Annual report of lunatic asylums [Bombay] - 1912-1922
Year: 1912
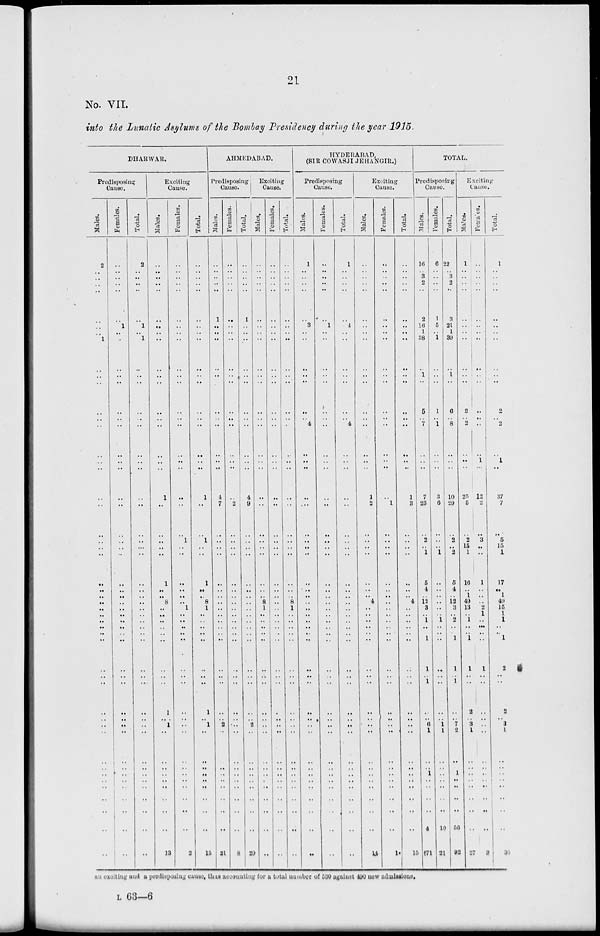
21
No. VII.
into the Lunatic Asylums of the Bomlay Presidency during the year 1915.
DHARWAR.
Predisposing
Cause.
Males.
2
..
..
..
..
..
..
..
1
..
..
..
..
..
..
..
..
..
..
..
..
..
..
..
..
..
..
..
..
..
..
..
..
..
..
..
..
..
..
..
..
..
..
..
..
..
..
..
..
..
Females.
..
..
..
..
..
..
1
..
..
..
..
..
..
..
..
..
..
..
..
..
..
..
..
..
..
..
..
..
..
..
..
..
..
..
..
..
..
..
..
..
..
..
..
..
..
..
..
..
..
..
Total.
2
..
..
..
..
..
1
..
1
..
..
..
..
..
..
..
..
..
..
..
..
..
..
..
..
..
..
..
..
..
..
..
..
..
..
..
..
..
..
..
..
..
..
..
..
..
..
..
..
Exciting
Cause.
Males.
..
..
..
..
..
..
..
..
..
..
..
..
..
..
..
..
..
..
1
..
..
..
..
..
1
..
..
8
..
..
..
..
..
..
..
..
..
1
..
1
..
..
..
..
..
..
..
..
..
13
Females.
..
..
..
..
..
..
..
..
..
..
..
..
..
..
..
..
..
..
..
..
..
1
..
..
..
..
..
..
1
..
..
..
..
..
..
..
..
..
..
..
..
..
..
..
..
..
..
..
..
2
Total.
..
..
..
..
..
..
..
..
..
..
..
..
..
..
..
..
..
..
1
..
..
1
..
..
1
..
..
8
1
..
..
..
..
..
..
..
..
1
..
1
..
..
..
..
..
..
..
..
..
15
AHMEDABAD.
Predisposing.
Cause.
Males.
..
..
..
..
..
1
..
..
..
..
..
..
..
..
..
..
..
..
4
7
..
..
..
..
..
..
..
..
..
..
..
..
..
..
..
..
..
..
..
2
..
..
..
..
..
..
..
..
..
21
Females.
..
..
..
..
..
..
..
..
..
..
..
..
..
..
..
..
..
..
..
2
..
..
..
..
..
..
..
..
..
..
..
..
..
..
..
..
..
..
..
..
..
..
.. ..
..
..
..
..
..
8
Total.
..
..
..
..
..
1
..
..
..
..
..
..
..
..
..
..
..
..
4
9
..
..
..
..
..
..
..
..
..
..
..
..
..
..
..
..
..
..
..
2
..
..
..
..
..
..
..
..
..
29
Exciting
Cause.
Males.
..
..
..
..
..
..
..
..
..
..
..
..
..
..
..
..
..
..
..
..
..
..
..
..
..
..
..
8
1
..
..
..
..
..
..
..
..
..
..
..
..
..
..
..
..
..
..
..
..
..
Females.
..
..
..
..
..
..
..
..
..
..
..
..
..
..
..
..
..
..
..
..
..
..
..
..
..
..
..
..
..
..
..
..
..
..
..
..
..
..
..
..
..
..
..
..
..
..
..
..
..
..
Total.
..
..
..
..
..
..
..
..
..
..
..
..
..
..
..
..
..
..
..
..
..
..
..
..
..
..
..
8
1
..
..
..
..
..
..
..
..
..
..
..
..
..
..
..
..
..
..
..
..
..
HYDERABAD,
(SIR COWASJI JEHANGIR.)
Predisposing
Cause.
Males.
1
..
..
..
..
..
3
..
..
..
..
..
..
..
4
..
..
..
..
..
..
..
..
..
..
..
..
..
..
..
..
..
..
..
..
..
..
..
..
..
..
..
..
..
..
..
..
..
..
..
Females.
..
..
..
..
..
..
1
..
..
..
..
..
..
..
..
..
..
..
..
..
..
..
..
..
..
..
..
..
..
..
..
..
..
..
..
..
..
..
..
..
..
..
..
..
..
..
..
..
..
..
Total.
1
..
..
..
..
..
4
..
..
..
..
..
..
..
4
..
..
..
..
..
..
..
..
..
..
..
..
..
..
..
..
..
..
..
..
..
..
..
..
..
..
..
..
..
..
..
..
..
..
..
Exciting
Cause.
Males.
..
..
..
..
..
..
..
..
..
..
..
..
..
..
..
..
..
..
1
2
..
..
..
..
..
..
4
..
..
..
..
..
..
..
..
..
..
..
..
..
..
..
..
..
..
..
..
..
14
Females.
..
..
..
..
..
..
..
..
..
..
..
..
..
..
..
..
..
..
..
1
..
..
..
..
..
..
..
..
..
..
..
..
..
..
..
..
..
..
.. ..
..
..
..
..
..
..
..
..
..
1
Total.
..
..
..
..
..
..
..
..
..
..
..
..
..
..
..
..
..
..
1
3
..
..
..
..
..
..
..
4
..
..
..
..
..
..
..
..
..
..
..
..
..
..
..
..
..
..
..
..
..
15
TOTAL.
Predisposing
Cause.
Males.
16
..
3
2
..
2
16
1
38
..
1
..
5
..
7
..
..
..
7
23
..
2
..
1
5
4
..
12
3
..
1
..
..
1
1
..
1
..
..
6
1
..
..
1
..
..
..
..
46
171
Females.
6
..
..
..
..
1
5
..
1
..
..
..
1
..
1
..
..
..
3
6
..
..
..
1
..
..
..
..
..
..
1
..
..
..
..
..
..
..
..
1
1
..
..
..
..
..
..
..
10
21
Total.
22
..
3
2
..
3
21
1
39
..
1
..
6
..
8
..
..
..
10
29
..
2
..
2
5
4
..
12
3
..
2
..
..
1
1
..
1
..
..
7
2
..
..
1
..
..
..
..
56
92
Exciting
Cause.
Males.
1
..
..
..
..
..
..
..
..
..
..
..
2
..
2
..
..
..
25
5
..
2
15
1
16
..
1
49
13
..
1
..
..
1
1
..
..
2
..
3
1
..
..
..
..
..
..
..
..
27
Females.
..
..
..
..
..
..
..
..
..
..
..
..
..
..
..
..
1
..
12
2
..
3
..
..
1
..
..
..
2
1
..
..
..
..
1
..
..
..
..
..
..
..
..
..
..
..
..
..
..
3
Total.
1
..
..
..
..
..
..
..
..
..
..
..
2
..
2
..
1
..
37
7
..
5
15
1
17
..
1
49
15
1
1
..
..
1
2
..
..
2
..
3
1
..
..
..
..
..
..
..
..
30
an exciting and a predisposing cause, thus accounting for a total number of 530 against 490 new admissions.
L 63—6